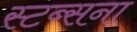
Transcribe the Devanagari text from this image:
स्टब्सना